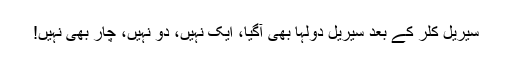
سیریل کلر کے بعد سیریل دولہا بھی آگیا، ایک نہیں، دو نہیں، چار بھی نہیں!